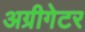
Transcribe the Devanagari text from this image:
अग्रीगेटर